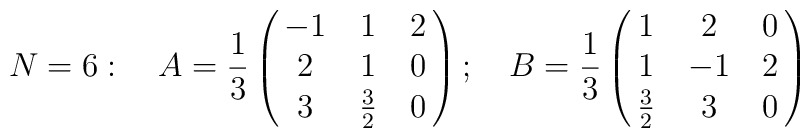
N=6 : \quad  A={1 \over 3}\pmatrix{ -1 & 1 & 2 \cr 2 & 1 & 0 \cr 3& {3 \over 2} & 0 \cr} ; \quad B={1 \over 3} \pmatrix{1 & 2 & 0 \cr 1 & -1 &2 \cr {3 \over 2} & 3 & 0 \cr}